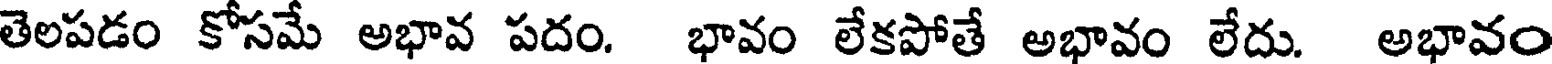
తెలపడం కోసమే అభావ పదం. భావం లేకపోతే అభావం లేదు. అభావం